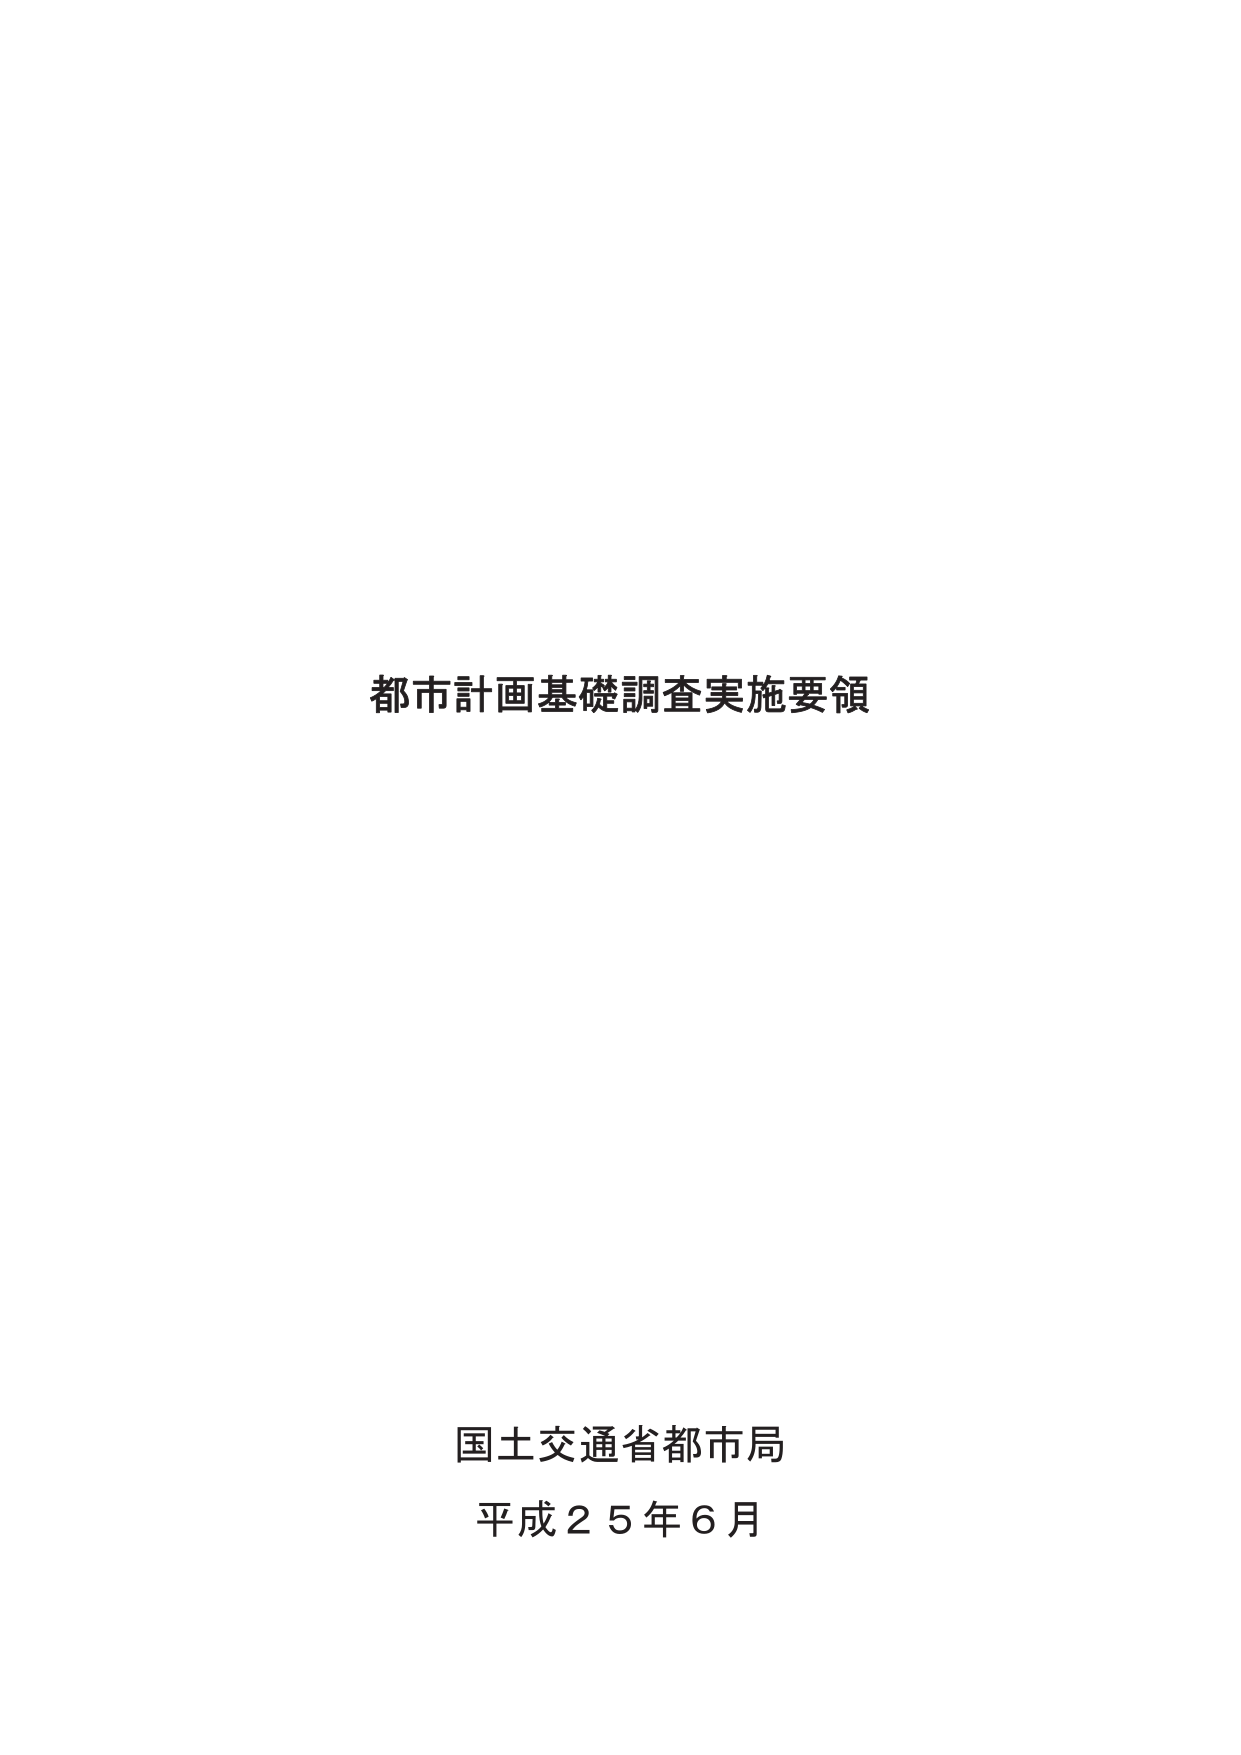
都市計画基礎調査実施要領

国土交通省都市局
平成２５年６月